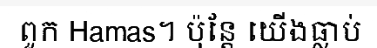
ពួក Hamas។ ប៉ុន្តែ យើងធ្លាប់